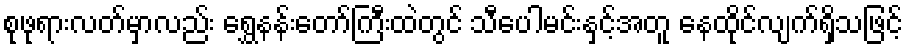
စုဖုရားလတ်မှာလည်း ရွှေနန်းတော်ကြီးထဲတွင် သီပေါမင်းနှင့်အတူ နေထိုင်လျက်ရှိသဖြင့်